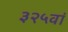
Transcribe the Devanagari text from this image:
३२५वां